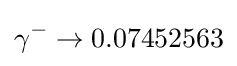
\gamma ^{-}\rightarrow 0.07452563